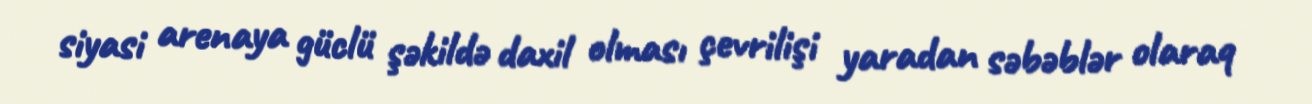
siyasi arenaya güclü şəkildə daxil olması çevrilişi yaradan səbəblər olaraq